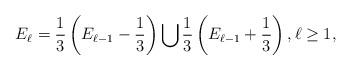
LaTeX: \begin{align*}E_\ell=\frac{1}{3}\left(E_{\ell-1}-\frac{1}{3}\right)\bigcup\frac{1}{3}\left(E_{\ell-1}+\frac{1}{3}\right), \ell\ge 1,\end{align*}